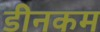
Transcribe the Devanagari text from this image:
डीनकम